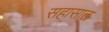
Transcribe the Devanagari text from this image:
सहासात